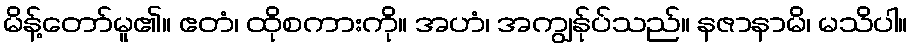
မိန့်တော်မူ၏။ ဧတံ၊ ထိုစကားကို။ အဟံ၊ အကျွန်ုပ်သည်။ နဇာနာမိ၊ မသိပါ။